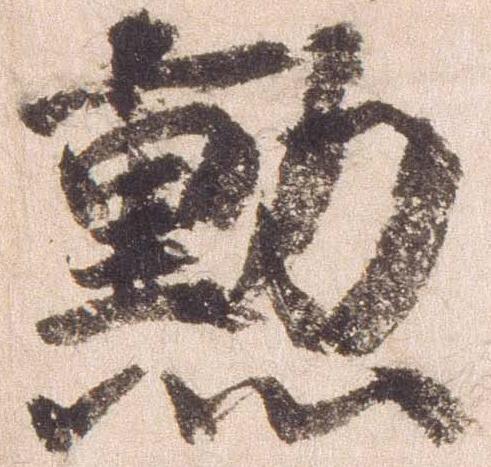
勲